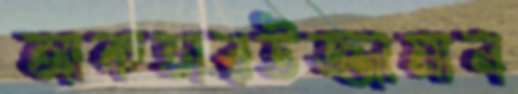
আকতারউজ্জামান